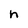
Character: h